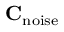
\mathbf { C } _ { \mathrm { n o i s e } }